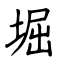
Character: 堀